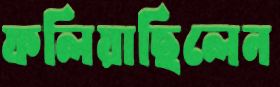
ফলিয়াছিলেন